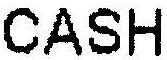
CASH